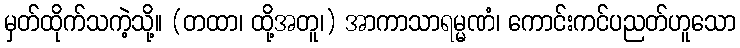
မှတ်ထိုက်သကဲ့သို့။ (တထာ၊ ထို့အတူ၊) အာကာသာရမ္မဏံ၊ ကောင်းကင်ပညတ်ဟူသော